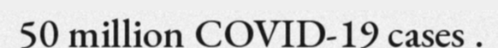
50 million COVID-19 cases .